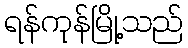
ရန်ကုန်မြို့သည်